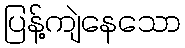
ပြန့်ကျဲနေသော